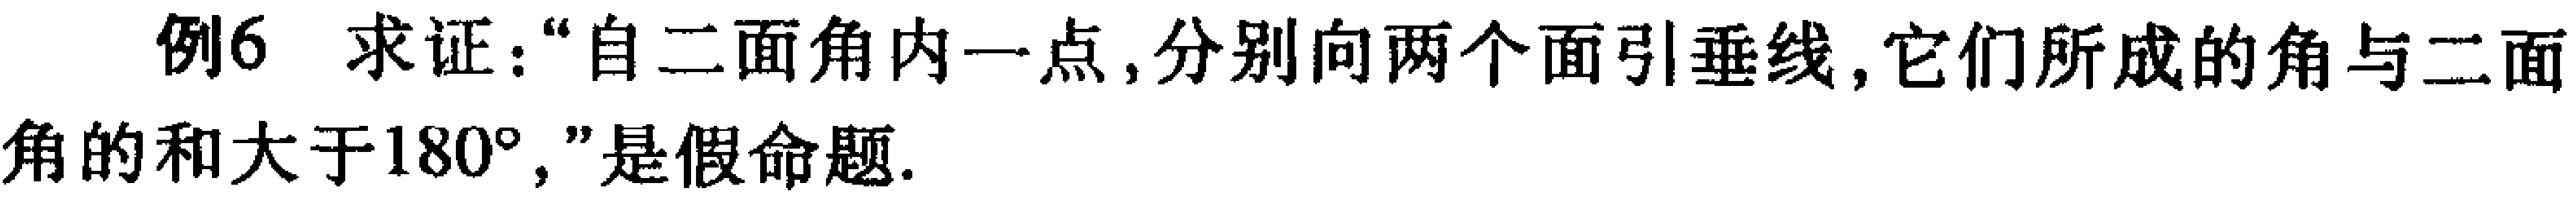
例6 求证：“自二面角内一点，分别向两个面引垂线，它们所成的角与二面角的和大于\(180^{\circ}\)，”是假命题.